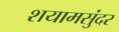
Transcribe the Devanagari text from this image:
शयामसुंदर